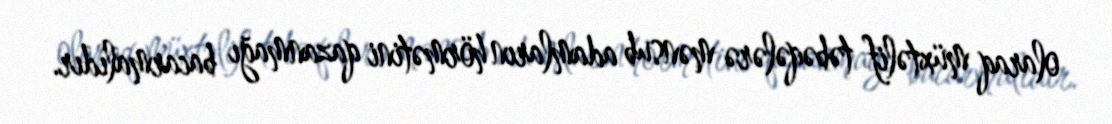
olaraq müxtəlif təbəqələrə mənsub adamların hörmətini qazanmağı bacarmalıdır.